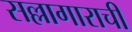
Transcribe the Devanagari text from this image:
सल्लागाराची